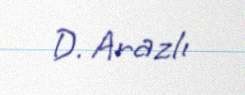
D. Arazlı